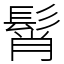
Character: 髾